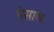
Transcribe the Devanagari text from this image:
पेसाज